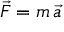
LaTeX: { \vec { F } } = m \, { \vec { a } }